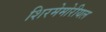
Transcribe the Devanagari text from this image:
शिरमेमोरीयल